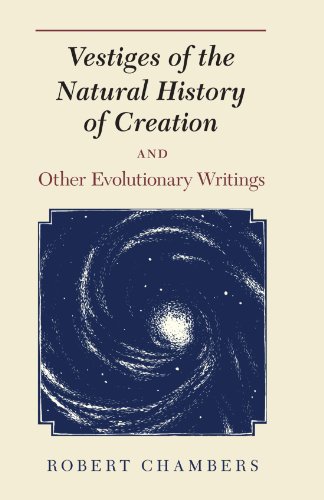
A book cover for Vestiges of the Natural History of Creation and Other Evolutionary Writings; Robert Chambers; Christian Books & Bibles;